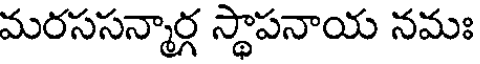
మరససన్మార్గ స్థాపనాయ నమః